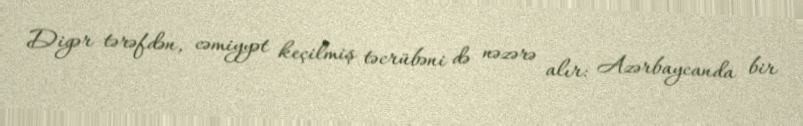
Digər tərəfdən, cəmiyyət keçilmiş təcrübəni də nəzərə alır: Azərbaycanda bir